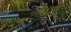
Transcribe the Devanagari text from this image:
जेउन